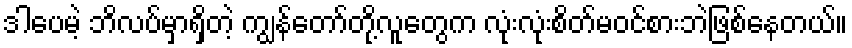
ဒါပေမဲ့ ဘိလပ်မှာရှိတဲ့ ကျွန်တော်တို့လူတွေက လုံးလုံးစိတ်မဝင်စားဘဲဖြစ်နေတယ်။